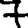
Digit: 7